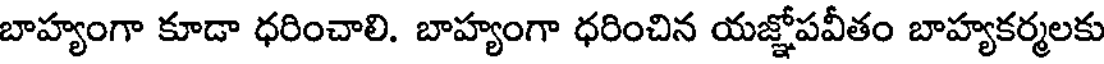
బాహ్యంగా కూడా ధరించాలి. బాహ్యంగా ధరించిన యజ్ఞోపవీతం బాహ్యకర్మలకు